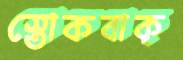
স্তোকবাক্